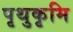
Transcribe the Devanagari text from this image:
पृथुकृमि